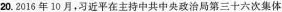
20.2016年10月，习近平在主持中共中央政治局第三十六次集体